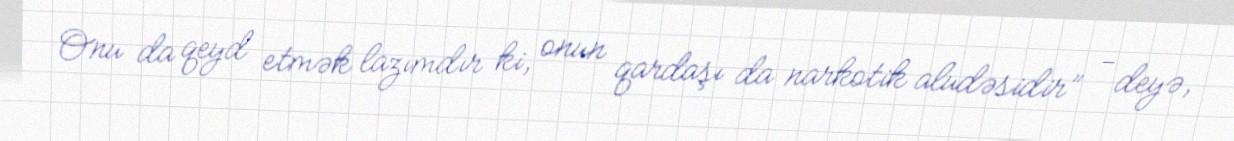
Onu da qeyd etmək lazımdır ki, onun qardaşı da narkotik aludəsidir” - deyə,